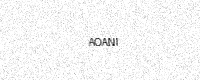
Text: AOANI